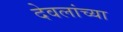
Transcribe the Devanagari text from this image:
देवलांच्या